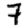
Digit: 7